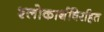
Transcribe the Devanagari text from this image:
श्लोकार्थविरहित